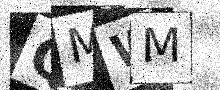
Text: QMWM